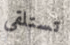
تستلقي